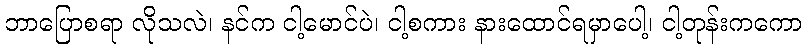
ဘာပြောစရာ လိုသလဲ၊ နင်က ငါ့မောင်ပဲ၊ ငါ့စကား နားထောင်ရမှာပေါ့၊ ငါ့တုန်းကကော